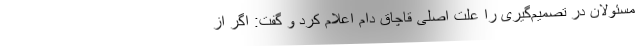
مسئولان در تصمیم‌گیری را علت اصلی قاچاق دام اعلام کرد و گفت: اگر از